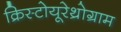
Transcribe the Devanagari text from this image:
क्रिस्टोयूरेथ्रोग्राम